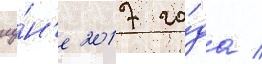
иу́н'е 2017 го́да /